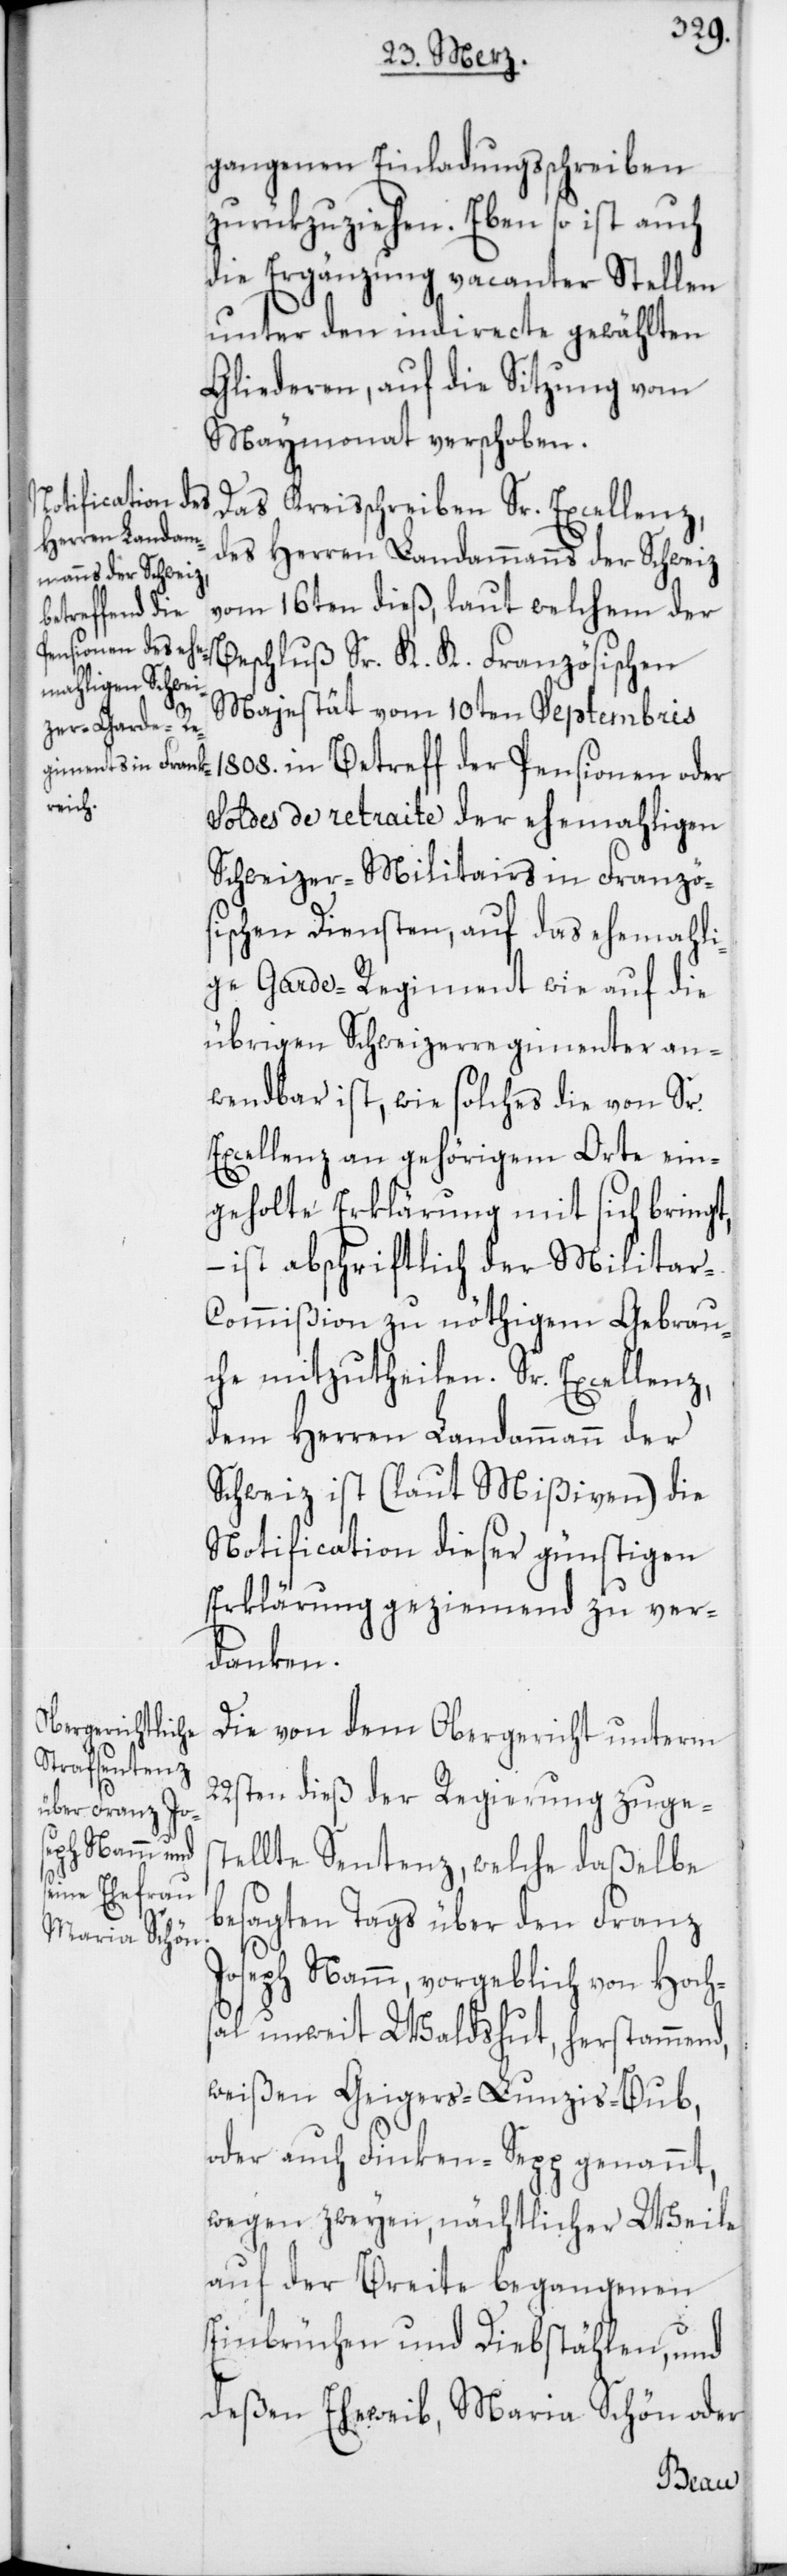
gangenen Einladungsschreiben
zurükzuziehen. Eben so ist auch
die Ergänzung vacanter Stellen
unter den indirecte gewählten
Gliederen, auf die Sitzung vom
Maymonat verschoben.
Das Kreisschreiben Sr. Excellenz,
des Herren Landammanns der Schweiz
vom 16ten dieß, laut welchem der
Beschluß Sr. K. K. Französischen
Majestät vom 10ten Septembris
1808. in Betreff der Pensionen oder
Soldes de retraite der ehemahligen
Schweizer-Militairs in Franzö¬
sischen Diensten, auf das ehemahli¬
ge Garde-Regiment wie auf die
übrigen Schweizerregimenter an¬
wendbar ist, wie solches die von Sr.
Excellenz an gehörigem Orte ein¬
geholte Erklärung mit sich bringt,
– ist abschriftlich der Militar-C¬
ommißion zu nöthigem Gebrau¬
che mitzutheilen. Sr. Excellenz,
dem Herren Landammann der
Schweiz ist (laut Mißiven) die
Notification dieser günstigen
Erklärung geziemend zu ver¬
danken.
Die von dem Obergericht unterm
22sten dieß der Regierung zuges¬
tellte Sentenz, welche daßelbe
besagten Tags über den Franz
Joseph Namm, vorgeblich von Hochs¬
al unweit Waldshut, herstammend,
weißen Geigers-Lunzis-Bub,
oder auch Finken-Sepp genannt,
wegen zweyen, nächtlicher Weile
auf der Breite begangenen
Einbrüchen und Diebstählen, und
deßen Eheweib, Maria Schön oder